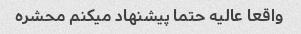
واقعا عالیه حتما پیشنهاد میکنم محشره